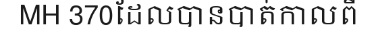
MH 370ដែលបានបាត់កាលពី